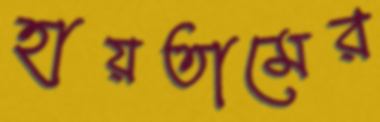
হায়তামের